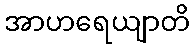
အာဟရေယျာတိ